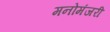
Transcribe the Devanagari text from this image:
मनोमंजरी